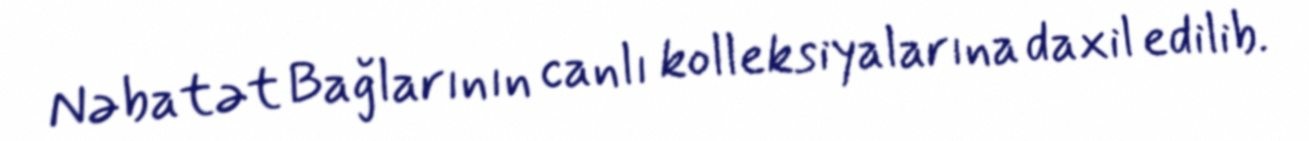
Nəbatət Bağlarının canlı kolleksiyalarına daxil edilib.